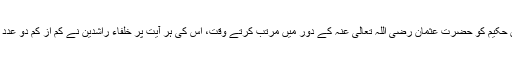
اس لکھے ہوئے قرآں حکیم کو حضرت عثمان رضی اللہ تعالی عنہ کے دور میں مرتب کرتے وقت، اس کی ہر آیت پر خلفاء راشدین نے کم از کم دو عدد گواہ کی شرط رکھی۔